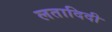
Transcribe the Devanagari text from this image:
लतादिदी